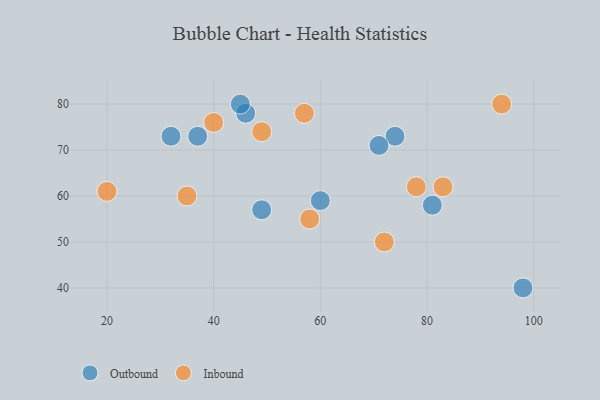
{"axis": {"x": "GDP", "y": "Life Expectancy"}, "legend": ["Inbound", "Outbound"], "data": [{"x": "98", "y": 40, "type": "Outbound"}, {"x": "74", "y": 73, "type": "Outbound"}, {"x": "60", "y": 59, "type": "Outbound"}, {"x": "32", "y": 73, "type": "Outbound"}, {"x": "46", "y": 78, "type": "Outbound"}, {"x": "81", "y": 58, "type": "Outbound"}, {"x": "37", "y": 73, "type": "Outbound"}, {"x": "49", "y": 57, "type": "Outbound"}, {"x": "71", "y": 71, "type": "Outbound"}, {"x": "45", "y": 80, "type": "Outbound"}, {"x": "94", "y": 80, "type": "Inbound"}, {"x": "49", "y": 74, "type": "Inbound"}, {"x": "83", "y": 62, "type": "Inbound"}, {"x": "58", "y": 55, "type": "Inbound"}, {"x": "57", "y": 78, "type": "Inbound"}, {"x": "20", "y": 61, "type": "Inbound"}, {"x": "72", "y": 50, "type": "Inbound"}, {"x": "35", "y": 60, "type": "Inbound"}, {"x": "78", "y": 62, "type": "Inbound"}, {"x": "40", "y": 76, "type": "Inbound"}]}